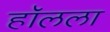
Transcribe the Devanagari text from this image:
हॉलला